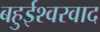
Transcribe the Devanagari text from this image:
बहुईश्वरवाद